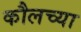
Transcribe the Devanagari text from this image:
कौलच्या